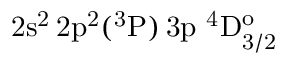
\mathrm { 2 s ^ { 2 } \, 2 p ^ { 2 } ( ^ { 3 } P ) \, 3 p ~ ^ { 4 } D _ { 3 / 2 } ^ { o } }